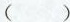
( )